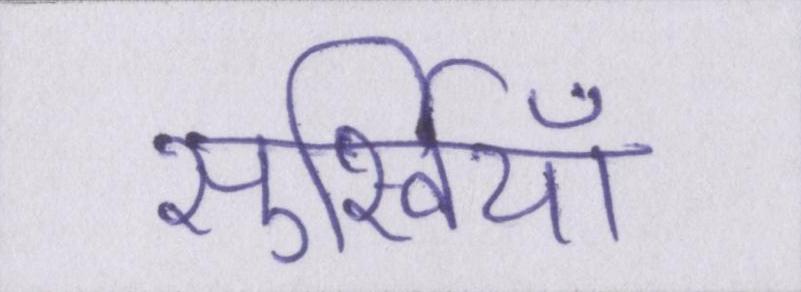
सुर्खियाँ